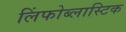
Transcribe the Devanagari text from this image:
लिंफोब्लास्टिक